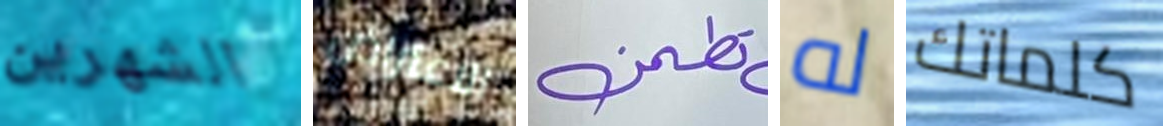
الشهرين الاعتراض تطمن له كلماتك